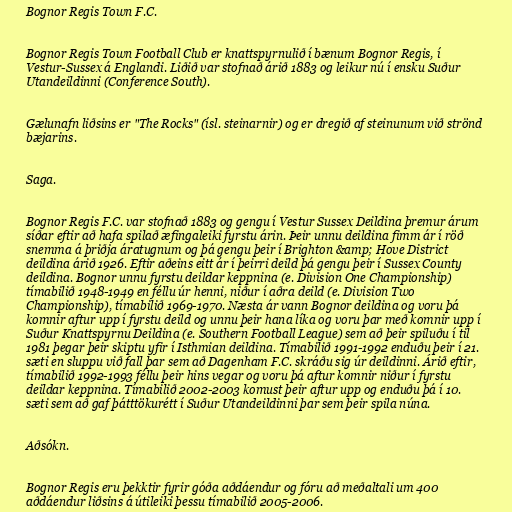
Bognor Regis Town F.C.

Bognor Regis Town Football Club er knattspyrnulið í bænum Bognor Regis, í
Vestur-Sussex á Englandi. Liðið var stofnað árið 1883 og leikur nú í ensku Suður
Utandeildinni (Conference South).

Gælunafn liðsins er "The Rocks" (ísl. steinarnir) og er dregið af steinunum við strönd
bæjarins.

Saga.

Bognor Regis F.C. var stofnað 1883 og gengu í Vestur Sussex Deildina þremur árum
síðar eftir að hafa spilað æfingaleiki fyrstu árin. Þeir unnu deildina fimm ár í röð
snemma á þriðja áratugnum og þá gengu þeir í Brighton &amp; Hove District
deildina árið 1926. Eftir aðeins eitt ár í þeirri deild þá gengu þeir í Sussex County
deildina. Bognor unnu fyrstu deildar keppnina (e. Division One Championship)
tímabilið 1948-1949 en féllu úr henni, niður í aðra deild (e. Division Two
Championship), tímabilið 1969-1970. Næsta ár vann Bognor deildina og voru þá
komnir aftur upp í fyrstu deild og unnu þeir hana líka og voru þar með komnir upp í
Suður Knattspyrnu Deildina (e. Southern Football League) sem að þeir spiluðu í til
1981 þegar þeir skiptu yfir í Isthmian deildina. Tímabilið 1991-1992 enduðu þeir í 21.
sæti en sluppu við fall þar sem að Dagenham F.C. skráðu sig úr deildinni. Árið eftir,
tímabilið 1992-1993 féllu þeir hins vegar og voru þá aftur komnir niður í fyrstu
deildar keppnina. Tímabilið 2002-2003 komust þeir aftur upp og enduðu þá í 10.
sæti sem að gaf þátttökurétt í Suður Utandeildinni þar sem þeir spila núna.

Aðsókn.

Bognor Regis eru þekktir fyrir góða aðdáendur og fóru að meðaltali um 400
aðdáendur liðsins á útileiki þessu tímabilið 2005-2006.